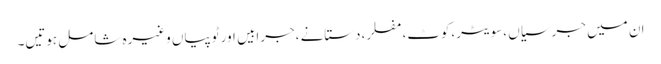
ان میں جرسیاں ،سویٹر،کوٹ،مفلر،دستانے ،جرابیں اور ٹوپیاں وغیرہ شامل ہوتیں۔